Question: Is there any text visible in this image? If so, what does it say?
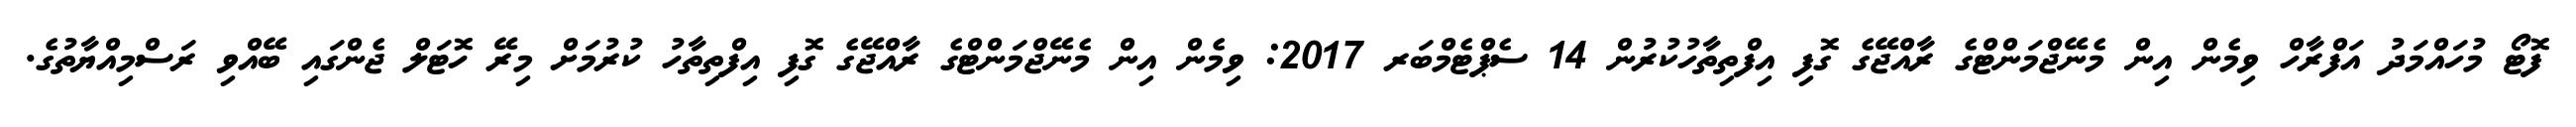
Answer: ފޮޓޯ މުހައްމަދު އަފްރާހް ވިމެން އިން މެނޭޖްމަންޓްގެ ރާއްޖޭގެ ގޮފި އިފްތިތާހުކުރުން 14 ސެޕްޓެމްބަރ 2017: ވިމެން އިން މެނޭޖްމަންޓްގެ ރާއްޖޭގެ ގޮފި އިފްތިތާހު ކުރުމަށް މިރޭ ހޮޓަލް ޖެންގައި ބޭއްވި ރަސްމިއްޔާތުގެ.